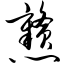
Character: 戆